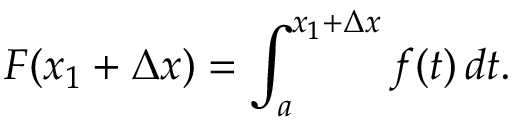
F ( x _ { 1 } + \Delta x ) = \int _ { a } ^ { x _ { 1 } + \Delta x } f ( t ) \, d t .